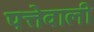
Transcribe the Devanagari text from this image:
पत्तेवाली